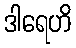
ဒါရေဟိ